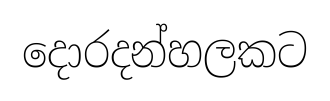
දොරදන්හලකට